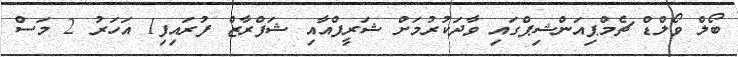
ބޯލް ވޯލްޑް ޗެމްޕިއަންޝިޕްގައި ވާދަކުރުމަށް ޝަރީފްއާއި ޝަފްރާޒް ފުރައިފި1 އަހަރު 2 މަސް